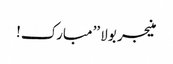
منیجر بولا ’’مبارک!